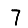
Digit: 7